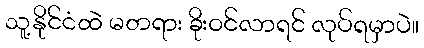
သူ့နိုင်ငံထဲ မတရား ခိုးဝင်လာရင် လုပ်ရမှာပဲ။